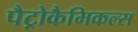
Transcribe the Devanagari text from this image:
पैट्रोकैमिकल्स